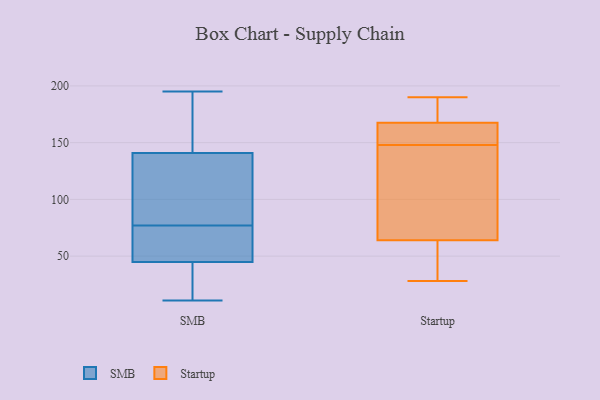
{"axis": {"x": "Satisfaction Score", "y": "Value"}, "legend": ["SMB", "Startup"], "data": [{"x": "", "y": 181, "type": "SMB"}, {"x": "", "y": 130, "type": "SMB"}, {"x": "", "y": 47, "type": "SMB"}, {"x": "", "y": 13, "type": "SMB"}, {"x": "", "y": 49, "type": "SMB"}, {"x": "", "y": 147, "type": "SMB"}, {"x": "", "y": 11, "type": "SMB"}, {"x": "", "y": 195, "type": "SMB"}, {"x": "", "y": 83, "type": "SMB"}, {"x": "", "y": 175, "type": "SMB"}, {"x": "", "y": 53, "type": "SMB"}, {"x": "", "y": 77, "type": "SMB"}, {"x": "", "y": 82, "type": "SMB"}, {"x": "", "y": 73, "type": "SMB"}, {"x": "", "y": 139, "type": "SMB"}, {"x": "", "y": 14, "type": "SMB"}, {"x": "", "y": 38, "type": "SMB"}, {"x": "", "y": 165, "type": "Startup"}, {"x": "", "y": 69, "type": "Startup"}, {"x": "", "y": 131, "type": "Startup"}, {"x": "", "y": 61, "type": "Startup"}, {"x": "", "y": 28, "type": "Startup"}, {"x": "", "y": 169, "type": "Startup"}, {"x": "", "y": 166, "type": "Startup"}, {"x": "", "y": 67, "type": "Startup"}, {"x": "", "y": 190, "type": "Startup"}, {"x": "", "y": 166, "type": "Startup"}, {"x": "", "y": 185, "type": "Startup"}, {"x": "", "y": 31, "type": "Startup"}]}